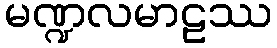
မဏ္ဍလမာဠဿ